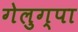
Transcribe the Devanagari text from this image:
गेलुग्पा